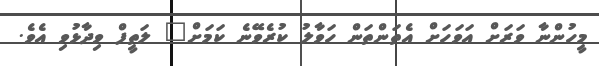
މީހުންނާ ވަރަށް އަވަހަށް އެތަންތަން ހަވާލު ކުރެވޭނެ ކަމަށް" ލަތީފް ވިދާޅުވި އެވެ.